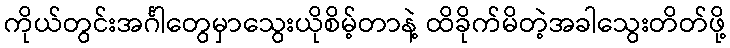
ကိုယ်တွင်းအင်္ဂါတွေမှာသွေးယိုစိမ့်တာနဲ့ ထိခိုက်မိတဲ့အခါသွေးတိတ်ဖို့